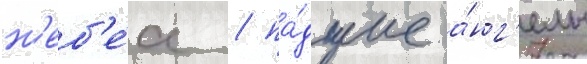
н'еб'е́с / па́дшие а́нг'елы